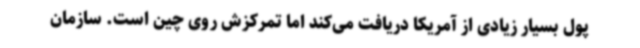
پول بسیار زیادی از آمریکا دریافت می‌کند اما تمرکزش روی چین است. سازمان